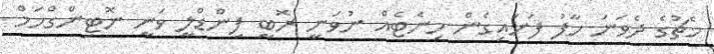
މެޗުގެ ދެވަނަ ހާފު ފަށައިގެން މިނެޓެއް ނުވަނީ ރޮބީ ފިންޑްލީ ވަނީ ނޮޓިންގްހަމް